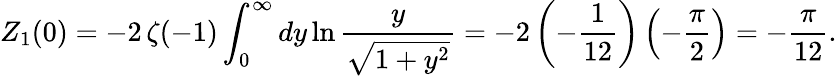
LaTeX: Z_{1}(0)=-2\, \zeta(-1)\int_{0}^{\infty}dy\ln\frac{y}{\sqrt{1+y^{2}}}=-2\left(-\frac{1}{12}\right)\left(-\frac{\pi}{2}\right)=-\frac{\pi}{12}.